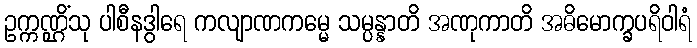
ဥက္ကဏ္ဌိံသု ပါစီနဒွါရေ ကလျာဏကမ္မေ သမ္ပန္နာတိ အဏုကာတိ အဓိမောက္ခပရိဝါရံ